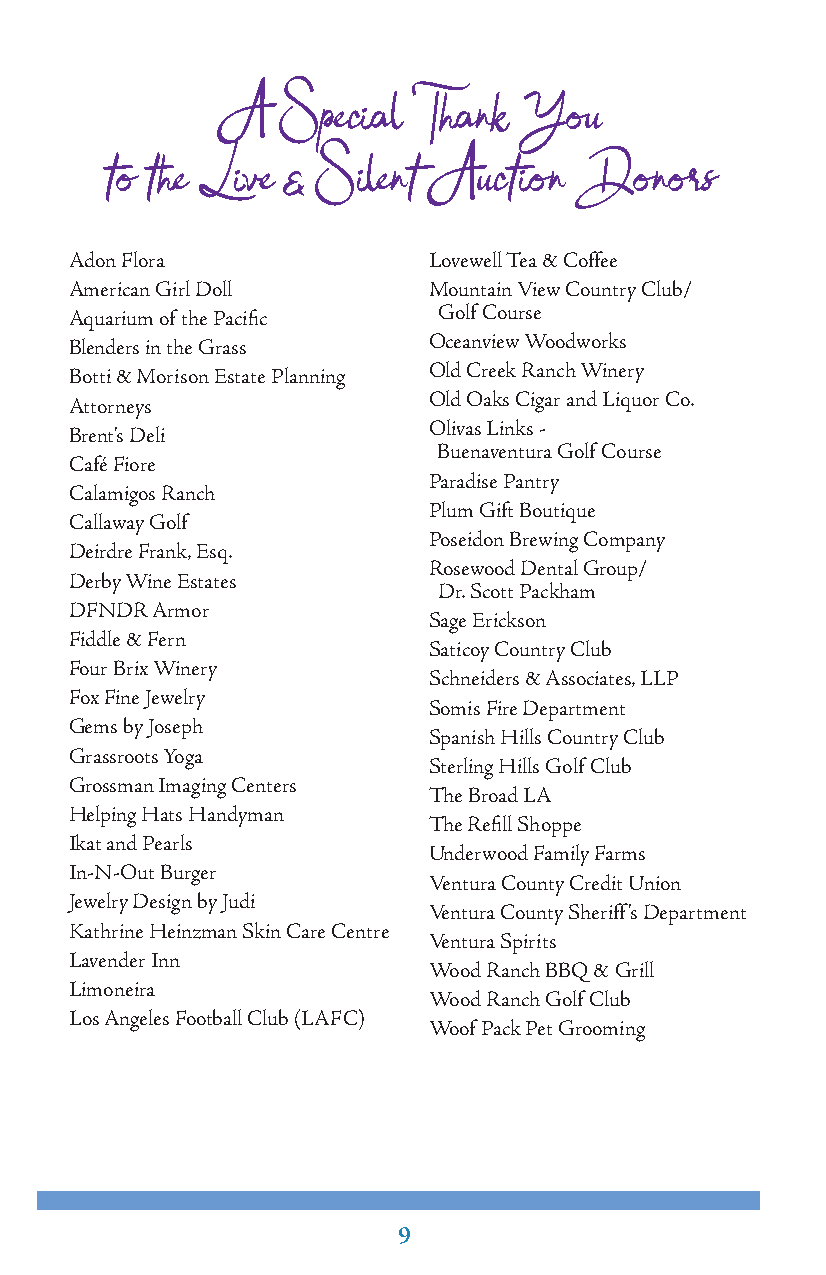
A   Special  Thank  You
 to the Live & Silent Auction   Donors
 Adon Flora             Lovewell Tea & Coffee
 American Girl Doll     Mountain View Country Club/
 Aquarium of the Pacific Golf Course
 Blenders in the Grass  Oceanview Woodworks
 Botti & Morison Estate Planning Old Creek Ranch Winery
 Attorneys              Old Oaks Cigar and Liquor Co.
 Brent’s Deli           Olivas Links -
 Buenaventura Golf Course
 Café Fiore
 Paradise Pantry
 Calamigos Ranch
 Plum Gift Boutique
 Callaway Golf
 Poseidon Brewing Company
 Deirdre Frank, Esq.
 Rosewood Dental Group/
 Derby Wine Estates
 Dr. Scott Packham
 DFNDR Armor
 Sage Erickson
 Fiddle & Fern
 Saticoy Country Club
 Four Brix Winery
 Schneiders & Associates, LLP
 Fox Fine Jewelry
 Somis Fire Department
 Gems by Joseph
 Spanish Hills Country Club
 Grassroots Yoga
 Sterling Hills Golf Club
 Grossman Imaging Centers
 The Broad LA
 Helping Hats Handyman
 The Refill Shoppe
 Ikat and Pearls
 Underwood Family Farms
 In-N-Out Burger
 Ventura County Credit Union
 Jewelry Design by Judi
 Ventura County Sheriff’s Department
 Kathrine Heinzman Skin Care Centre
 Ventura Spirits
 Lavender Inn
 Wood Ranch BBQ & Grill
 Limoneira
 Wood Ranch Golf Club
 Los Angeles Football Club (LAFC)
 Woof Pack Pet Grooming
 9